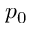
p _ { 0 }